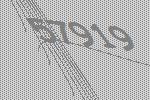
57919